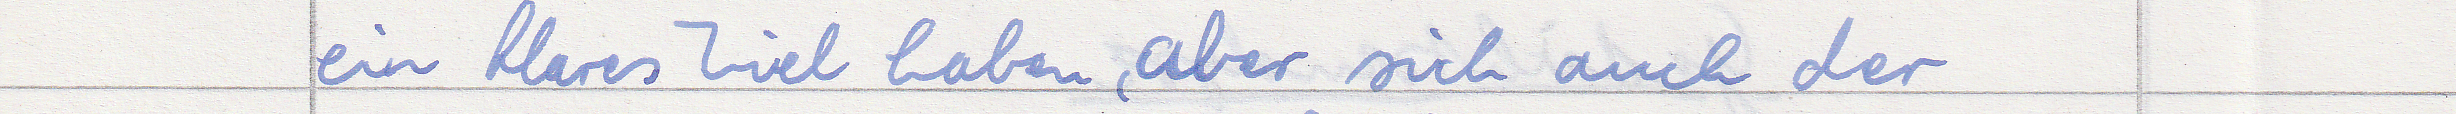
ein klares Ziel haben, aber sich auch der